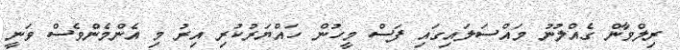
ރިލްވާން ގެއްލުނު މައްސަލައިގައި ފަސް މީހުން ހައްޔަރުކުރި އިރު މި އެންމެންވެސް ވަނީ